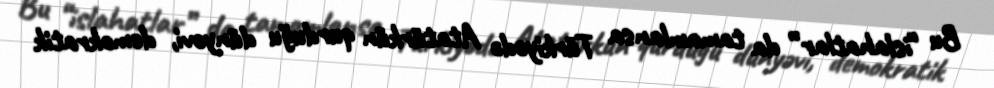
Bu “islahatlar” da tamamlansa Türkiyədə Atatürkün qurduğu dünyəvi, demokratik